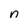
Character: n